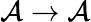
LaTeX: {\mathcal{A}}\to{\mathcal{A}}